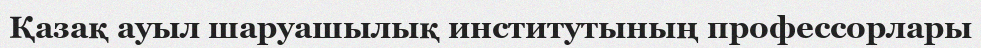
Қазақ ауыл шаруашылық институтының профессорлары